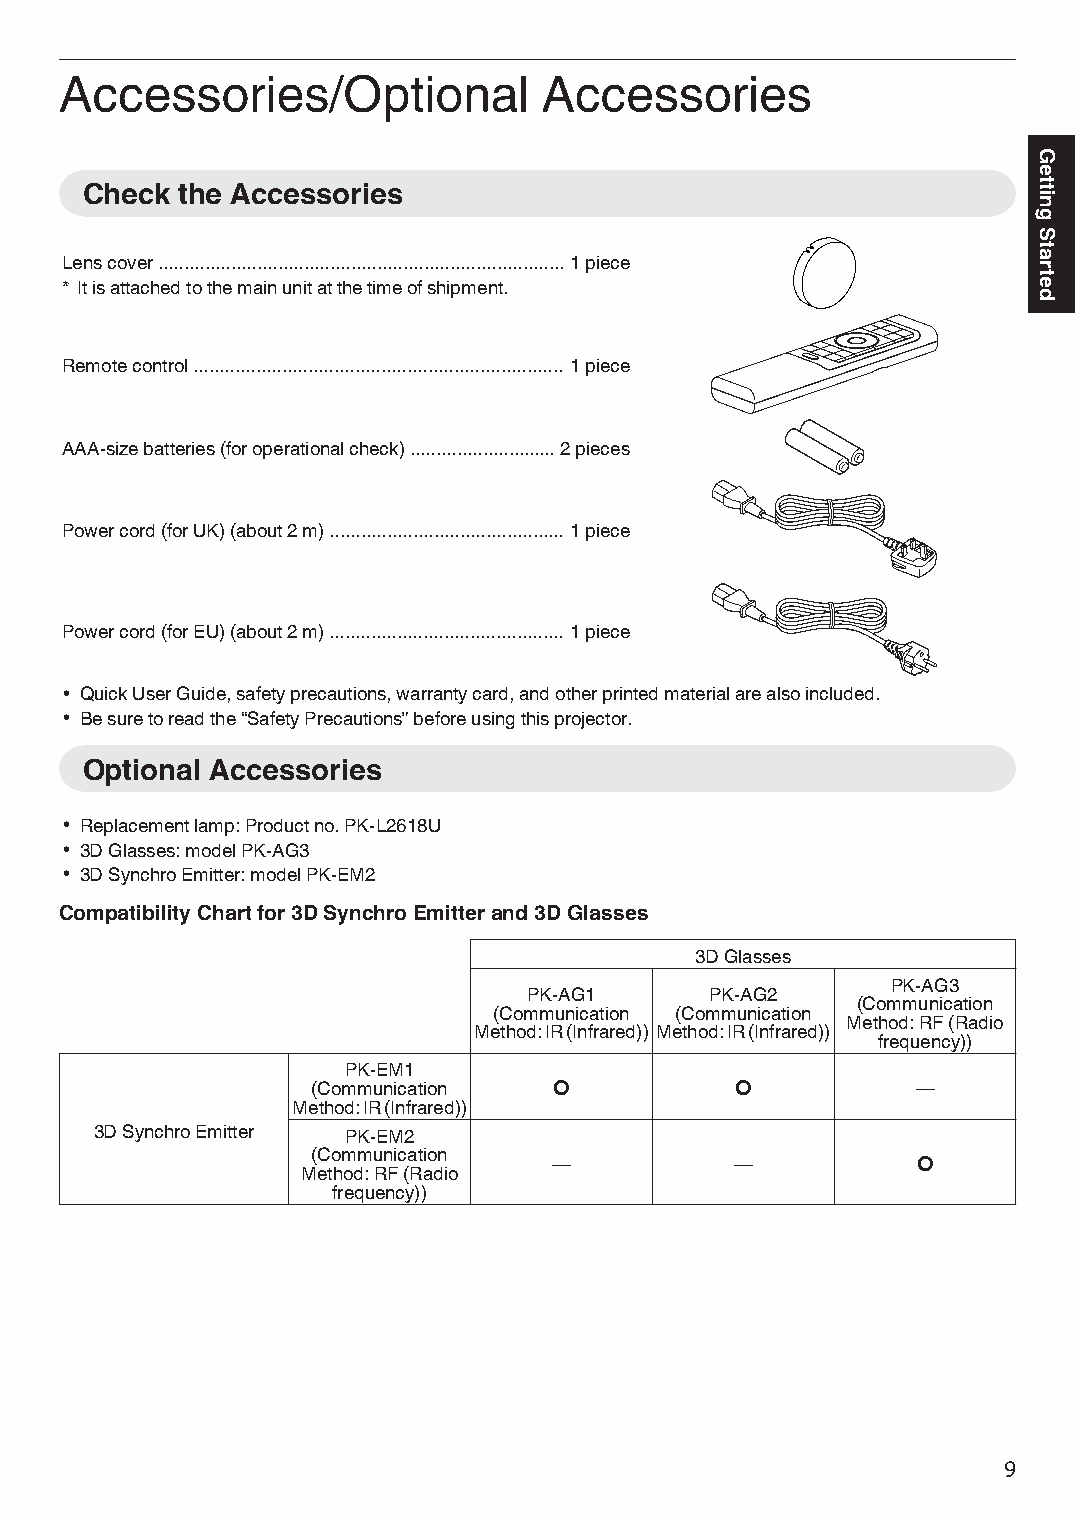
Accessories/Optional            Accessories
 Check  the Accessories
 Lens cover .............................................................................. 1 piece
 * It is attached to the main unit at the time of shipment.
 Remote control ....................................................................... 1 piece
 AAA-size batteries (for operational check) ............................ 2 pieces
 Power cord (for UK) (about 2 m) ............................................. 1 piece
 Power cord (for EU) (about 2 m) ............................................. 1 piece
 0 Quick User Guide, safety precautions, warranty card, and other printed material are also included.
 0 Be sure to read the “Safety Precautions” before using this projector.
 Optional Accessories
 0 Replacement lamp: Product no. PK-L2618U
 0 3D Glasses: model PK-AG3
 0 3D Synchro Emitter: model PK-EM2
 Compatibility Chart for 3D Synchro Emitter and 3D Glasses
 3D Glasses
 PK-AG3
 PK-AG1      PK-AG2
 (Communication
 (Communication (Communication
 Method: RF (Radio
 Method: IR (Infrared)) Method: IR (Infrared))
 frequency))
 PK-EM1
 (Communication  X           X           —
 Method: IR (Infrared))
 3D Synchro Emitter PK-EM2
 (Communication
 —           —           X
 Method: RF (Radio
 frequency))
 9
 Getting
 Started